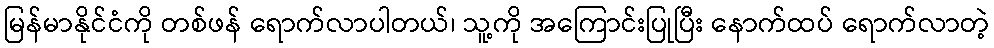
မြန်မာနိုင်ငံကို တစ်ဖန် ရောက်လာပါတယ်၊ သူ့ကို အကြောင်းပြုပြီး နောက်ထပ် ရောက်လာတဲ့